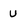
Character: U